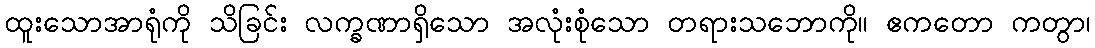
ထူးသောအာရုံကို သိခြင်း လက္ခဏာရှိသော အလုံးစုံသော တရားသဘောကို။ ဧကတော ကတွာ၊